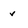
Character: v